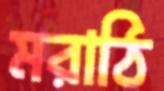
মরাঠি